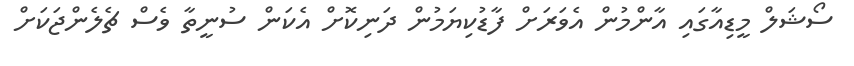
ސޯޝަލް މީޑިއާގައި އާންމުން އެވަރަށް ފާޑުކިޔަމުން ދަނިކޮށް އެކަން ސުނީތާ ވެސް ޗެލެންޖަކަށް